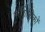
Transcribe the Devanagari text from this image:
भौगिलिकों